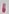
Text: 1